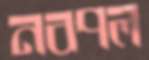
নবপল